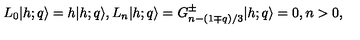
L _ { 0 } \vert h ; q \rangle = h \vert h ; q \rangle { } , { } { } { } L _ { n } \vert h ; q \rangle = G _ { n - ( 1 \mp q ) / 3 } ^ { \pm } \vert h ; q \rangle = 0 { } , { } { } { } n > 0 { } ,